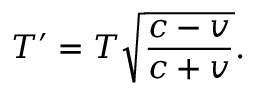
T ^ { \prime } = T { \sqrt { \frac { c - v } { c + v } } } .